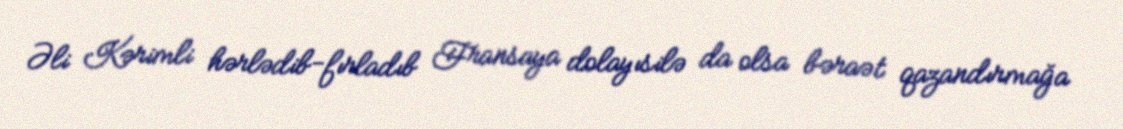
Əli Kərimli hərlədib-fırladıb Fransaya dolayısilə da olsa bəraət qazandırmağa